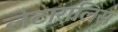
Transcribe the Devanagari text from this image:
लेटारालिस